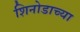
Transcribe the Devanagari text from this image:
शिनोडाच्या